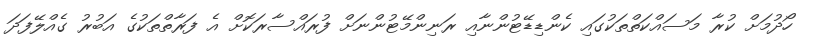
ހޯދުމަށް ކުރާ މަސައްކަތްތަކުގައި ކެންޑިޑޭޓުންނާއި ރަނިންމޭޓުންނަށް ފުރައްސާރަކޮށް އެ ފަރާތްތަކުގެ އަބުރު ގެއްލޭފަދަ